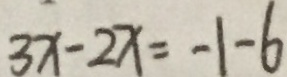
3 x - 2 x = - 1 - 6